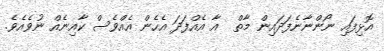
އޮޅިފައި ނޯންނާނެފަދައިން މާތް  އާ އެއްފަދަ އެހެން އެއްވެސް ކާއިނެއް ނުވެއެވެ.